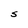
Character: S